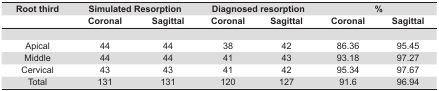
| Root third | <COLSPAN=2> Simulated Resorption | <COLSPAN=2> Diagnosed resorption | <COLSPAN=2> % |
 |  | Coronal | Sagittal | Coronal | Sagittal | Coronal | Sagittal |
 | --- | --- | --- | --- | --- | --- | --- |
 |  |  |  |  |  |  |  |
 | Apical | 44 | 44 | 38 | 42 | 86.36 | 95.45 |
 | Middle | 44 | 44 | 41 | 43 | 93.18 | 97.27 |
 | Cervical | 43 | 43 | 41 | 42 | 95.34 | 97.67 |
 | Total | 131 | 131 | 120 | 127 | 91.6 | 96.94 |